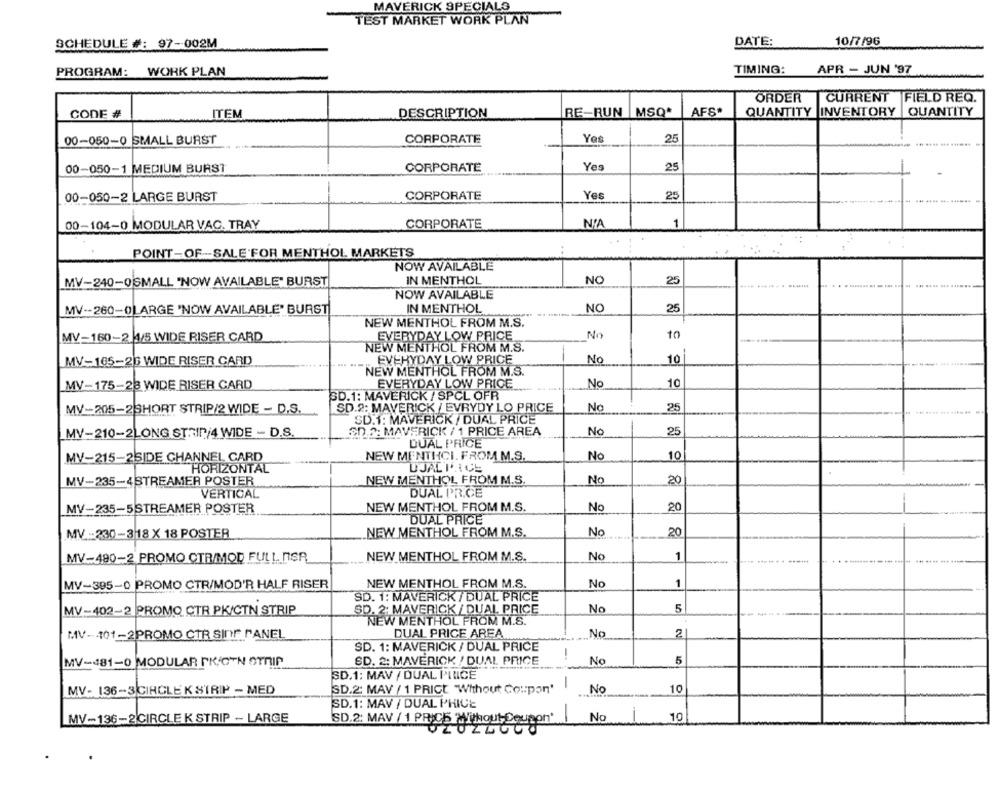
MAVERICK SPECIALS
TEST MARKET WORK PLAN
10/7/96
SCHEDULE #: 97-002M
DATE:
WORK PLAN
TIMING:
APR - JUN '97
PROGRAM:
ORDER CURRENT FIELD REQ.
AFS*
QUANTITY
CODE #
ITEM
DESCRIPTION
RE-RUN MSQ*
INVENTORY
QUANTITY
00-050-0 SMALL BURST
CORPORATE
Yes
25
Yes
25
00-050-1 MEDIUM BURST
CORPORATE
00-050-2 LARGE BURST
CORPORATE
Yes
25
00-104-0 MODULAR VAC. TRAY
CORPORATE
NIA
1
POINT-OF-SALE FOR MENTHOL MARKETS
..
NOW AVAILABLE
MV-240-0SMALL "NOW AVAILABLE" BURST
IN MENTHOL
NO
25
NOW AVAILABLE
IN MENTHOL
NC
25
MV -- 260-0LARGE "NOW AVAILABLE" BURST
NEW MENTHOL FROM M.S.
MV-160-2 4/5 WIDE RISER CARD
EVERYDAY LOW PRICE
No
10
NEW MENTHOL FROM M.S.
MV-165-26 WIDE RISER CARD
EVERYDAY LOW PRICE
No
10
NEW MENTHOL FROM M.S.
MV-175-23 WIDE RISER CARD
EVERYDAY LOW PRICE
No
10
SD.1: MAVERICK / SPCL OFR
MV-205-2SHORT STRIP/2 WIDE - D.S.
SD.2: MAVERICK / EVRYDY LO PRICE
No
25
SD.1: MAVERICK / DUAL PRICE
MV-210-2LONG STAIN/4 WIDE - D.S.
SD.2: MAVERICK / 1 PRICE AREA
No
25
DUAL PRICE
MV-215-2SIDE CHANNEL CARD
NEW MENTHCI. FROM M.S.
No
10
UJALPARCE
HORIZONTAL
MV-235-4STREAMER POSTER
NEW MENTHOL FROM M.S.
Nc
20
VERTICAL
DUAL PR.CE
NEW MENTHOL FROM M.S.
MV-235-5STREAMER POSTER
No
20
DUAL PRICE
MV -230-3 18 X 18 POSTER
NEW MENTHOL FROM M.S.
No
20
1
MV-490-2 PROMO CTR/MOD FULL NSR
NEW MENTHOL FROM M.S.
No
MV-395-0 PROMO CTR/MOD'R HALF RISER
NEW MENTHOL FROM M.S.
No
1
SD. 1: MAVERICK / DUAL PRICE
SD. 2: MAVERICK/ DUAL PRICE
No
5
MV-402-2 PROMO CTR PK/CTN STRIP
NEW MENTHOL FROM M.S.
DUAL PRICE AREA
No
2
MV-101-2PROMO CTR SINT PANEL
SD. 1: MAVERICK / DUAL PRICE
-
MV-481-0 MODULAR PKIO'N STRIP
SD. 2: MAVERICK / DUAL PRICE
No
5
SD.1: MAV / DUAL PINICE
-
No
10
MV- 136-3 CIRCLE K STRIP - MED
SD.2: MAV / 1 PRICE "Without Coupon"
SD.1: MAV / DUAL PHICE
MV-136-2|CIRCLE K STRIP - LARGE
SD.2: MAV / 1 PRIC5 Without-Coupon'
No
10
ULUZLUGO